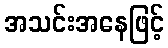
အသင်းအနေဖြင့်